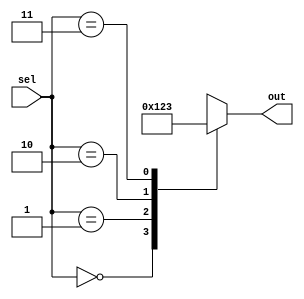
module full_case_statement (
    input [1:0] sel,
    output reg [3:0] out
);

always @*
begin
    case (sel)
        2'b00: out = 4'b0000;
        2'b01: out = 4'b0001;
        2'b10: out = 4'b0010;
        2'b11: out = 4'b0011;
        default: out = 4'b1111;
    endcase
end

endmodule